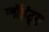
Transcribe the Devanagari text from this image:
जॉइंट्स